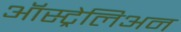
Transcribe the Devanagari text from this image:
ऑस्ट्रेलिअन